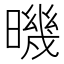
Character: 𣊉